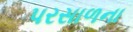
પરસાળના